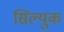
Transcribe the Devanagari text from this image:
सिल्युक